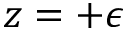
z = + \epsilon